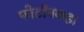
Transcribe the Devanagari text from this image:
फोटॉनकहा